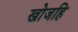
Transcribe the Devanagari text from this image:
खोजहि